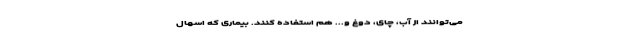
می‌توانند از آب، چای،‌ دوغ و... هم استفاده کنند. بیماری که اسهال